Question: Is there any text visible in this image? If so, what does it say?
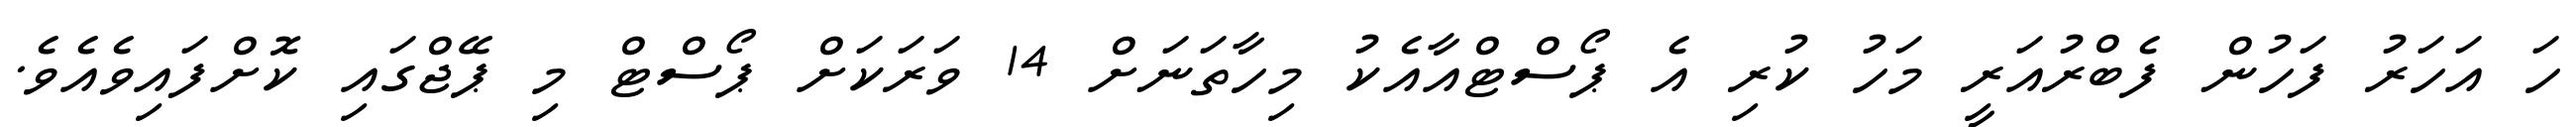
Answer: ހަ އަހަރު ފަހުން ފެބްރުއަރީ މަހު ކުރި އެ ޕޯސްޓްއާއެކު މިހާތަނަށް 14 ވަރަކަށް ޕޯސްޓް މި ޕޭޖްގައި ކޮށްފައިވެއެވެ.